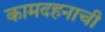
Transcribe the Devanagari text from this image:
कामदहनाची